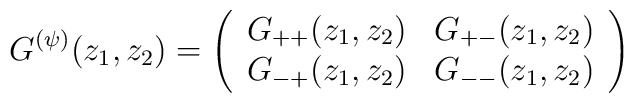
G^{(\psi)}(z_1,z_2) = \left( \begin{array}{ll}  G_{++}(z_1,z_2) & G_{+-}(z_1,z_2)\\  G_{-+}(z_1,z_2) & G_{--}(z_1,z_2) \end{array} \right)